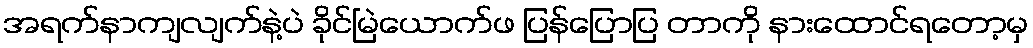
အရက်နာကျလျက်နဲ့ပဲ ခိုင်မြဲယောက်ဖ ပြန်ပြောပြ တာကို နားထောင်ရတော့မှ